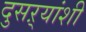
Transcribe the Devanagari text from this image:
दुसऱ्यांशी